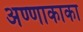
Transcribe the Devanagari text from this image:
अण्णाकाका